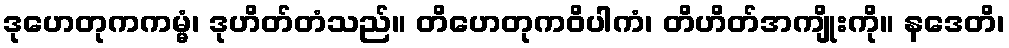
ဒုဟေတုကကမ္မံ၊ ဒုဟိတ်တံသည်။ တိဟေတုကဝိပါကံ၊ တိဟိတ်အကျိုးကို။ နဒေတိ၊